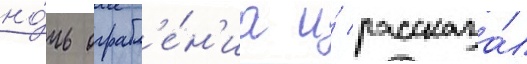
но́чь ограбл'е́н'иа и́ рассказа́л